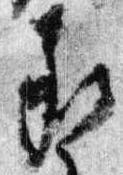
承